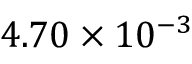
4 . 7 0 \times 1 0 ^ { - 3 }